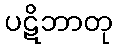
ပဋိဘာတု